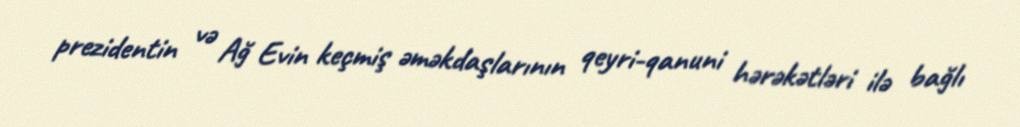
prezidentin və Ağ Evin keçmiş əməkdaşlarının qeyri-qanuni hərəkətləri ilə bağlı